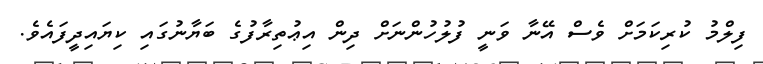
ފިލްމު ކުރިކަމަށް ވެސް އޭނާ ވަނީ ފުލުހުންނަށް ދިން އިޢުތިރާފުގެ ބަޔާނުގައި ކިޔައިދީފައެވެ.